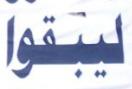
ليبقوا